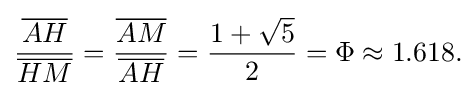
{\frac {\overline {AH}}{\overline {HM}}}={\frac {\overline {AM}}{\overline {AH}}}={\frac {1+{\sqrt {5}}}{2}}=\Phi \approx 1.618{\text{.}}